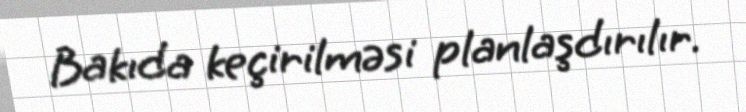
Bakıda keçirilməsi planlaşdırılır.